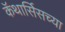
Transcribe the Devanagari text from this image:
कॅथार्सिसच्या